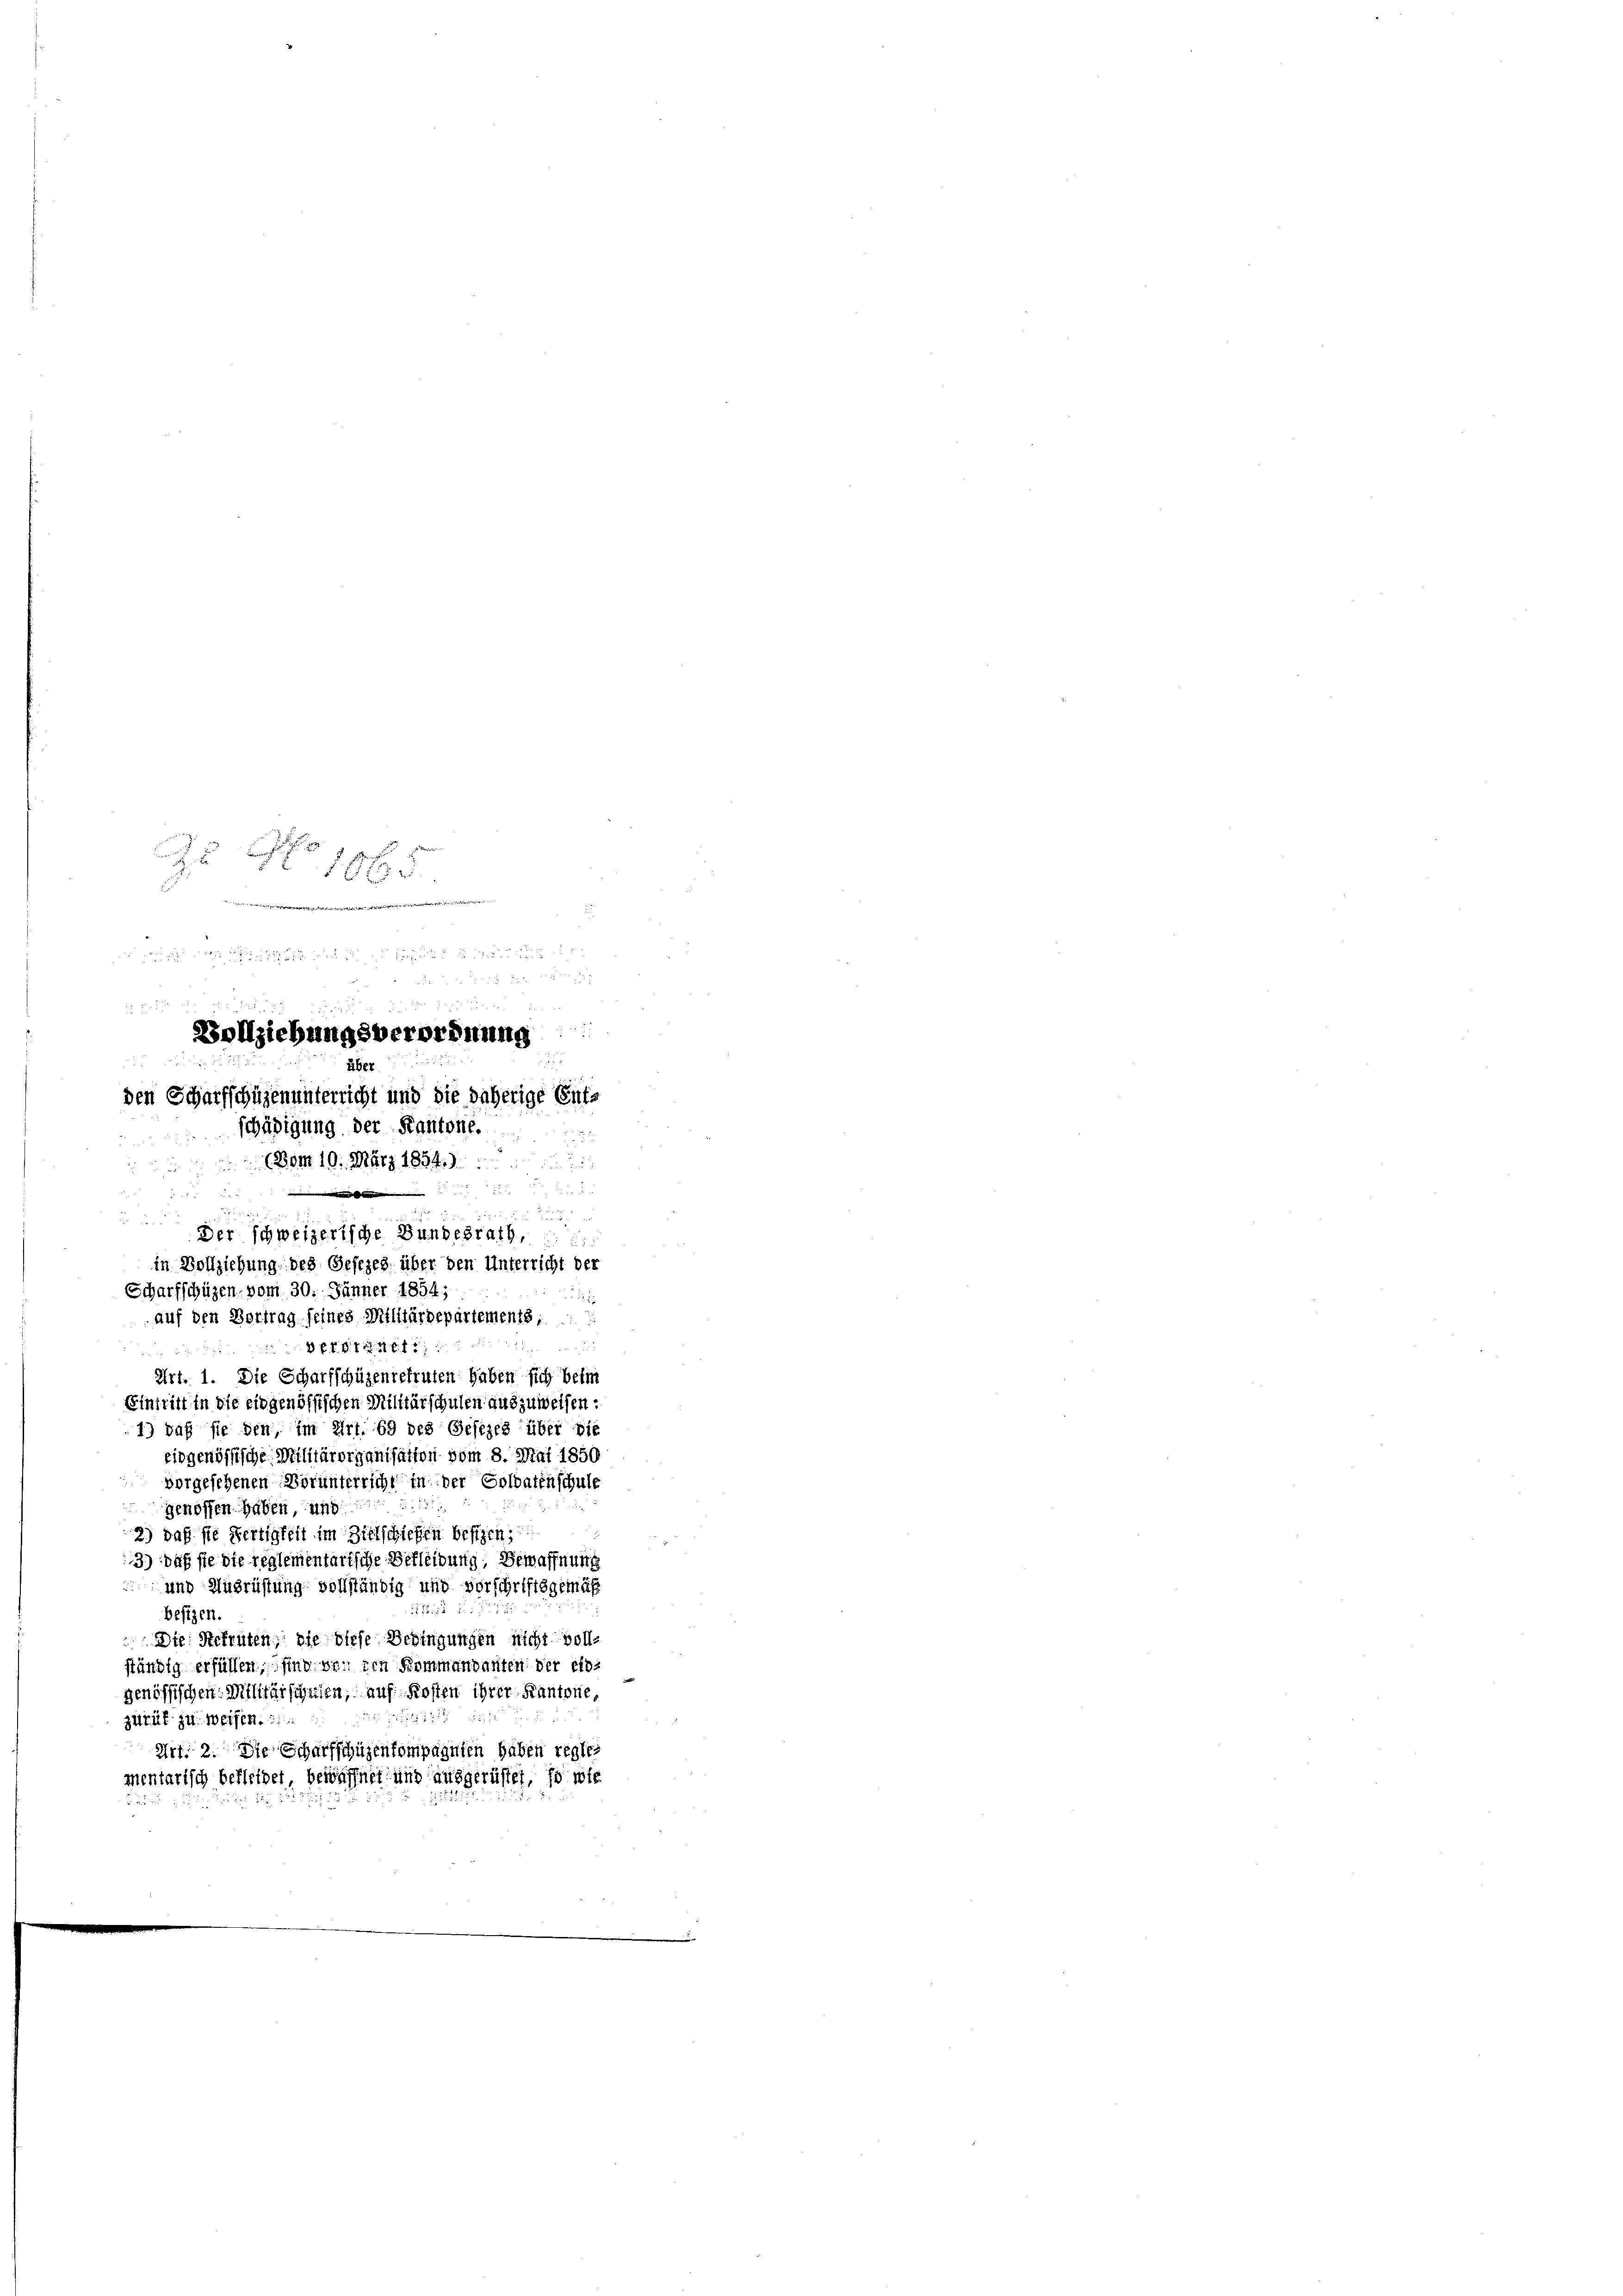
25 No 1065.
t

2
 2.
Vollziehungsverordnung
über
den Scharfschüzenunterricht und Sie daherige Ents
schädigung der Kantone.
3
(30m 10. März 1834.

i
e
.
Der schweizerische Bundesrath,

5
Eintritt in die eingenössischen Militärschulen auszuweisen.
1) daß sie den, im Art. 69 des Gesezes über die
eidgenössische Militärorganisation vom 8. Mai 1850
vorgesehenen Vorunterricht in der Soldatenschule
genossen haben, und
2) daß sie Fertigkeit im Zielschiefen besizen,
3) daß sie die reglementartsche Befleibung, Bewaffnung
und Ausrüstung vollständig und vorschriftsgemäß
besizen.
Die Rekruten, die diese Bedingungen nicht vollständig erfüllen, sind von den Kommandanten der eingenössischen Militärschulen, auf Kosten ihrer Kantone,
zurük zu weifen.
Art: 2. Die Scharfschüzenkompagnien haben reglementarisch bekleidet bewaffnet und ausgerüstet, so wie

in Vollziehung des Gesezes über den Unterricht der
Scharfschüzen vom 30. Jänner 1854;
auf den Vortrag seines Militärdepartements
8 xr. 1848
Art. 1. Die Scharfschüzenrekruten haben sich betr